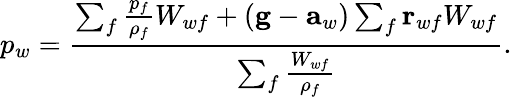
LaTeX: p_{w}=\frac{\sum_{f}\frac{p_{f}}{\rho_{f}}W_{wf}+(\mathbf{g}-\mathbf{a}_{w})\sum_{f}\mathbf{r}_{wf}W_{wf}}{\sum_{f}\frac{W_{wf}}{\rho_{f}}}.